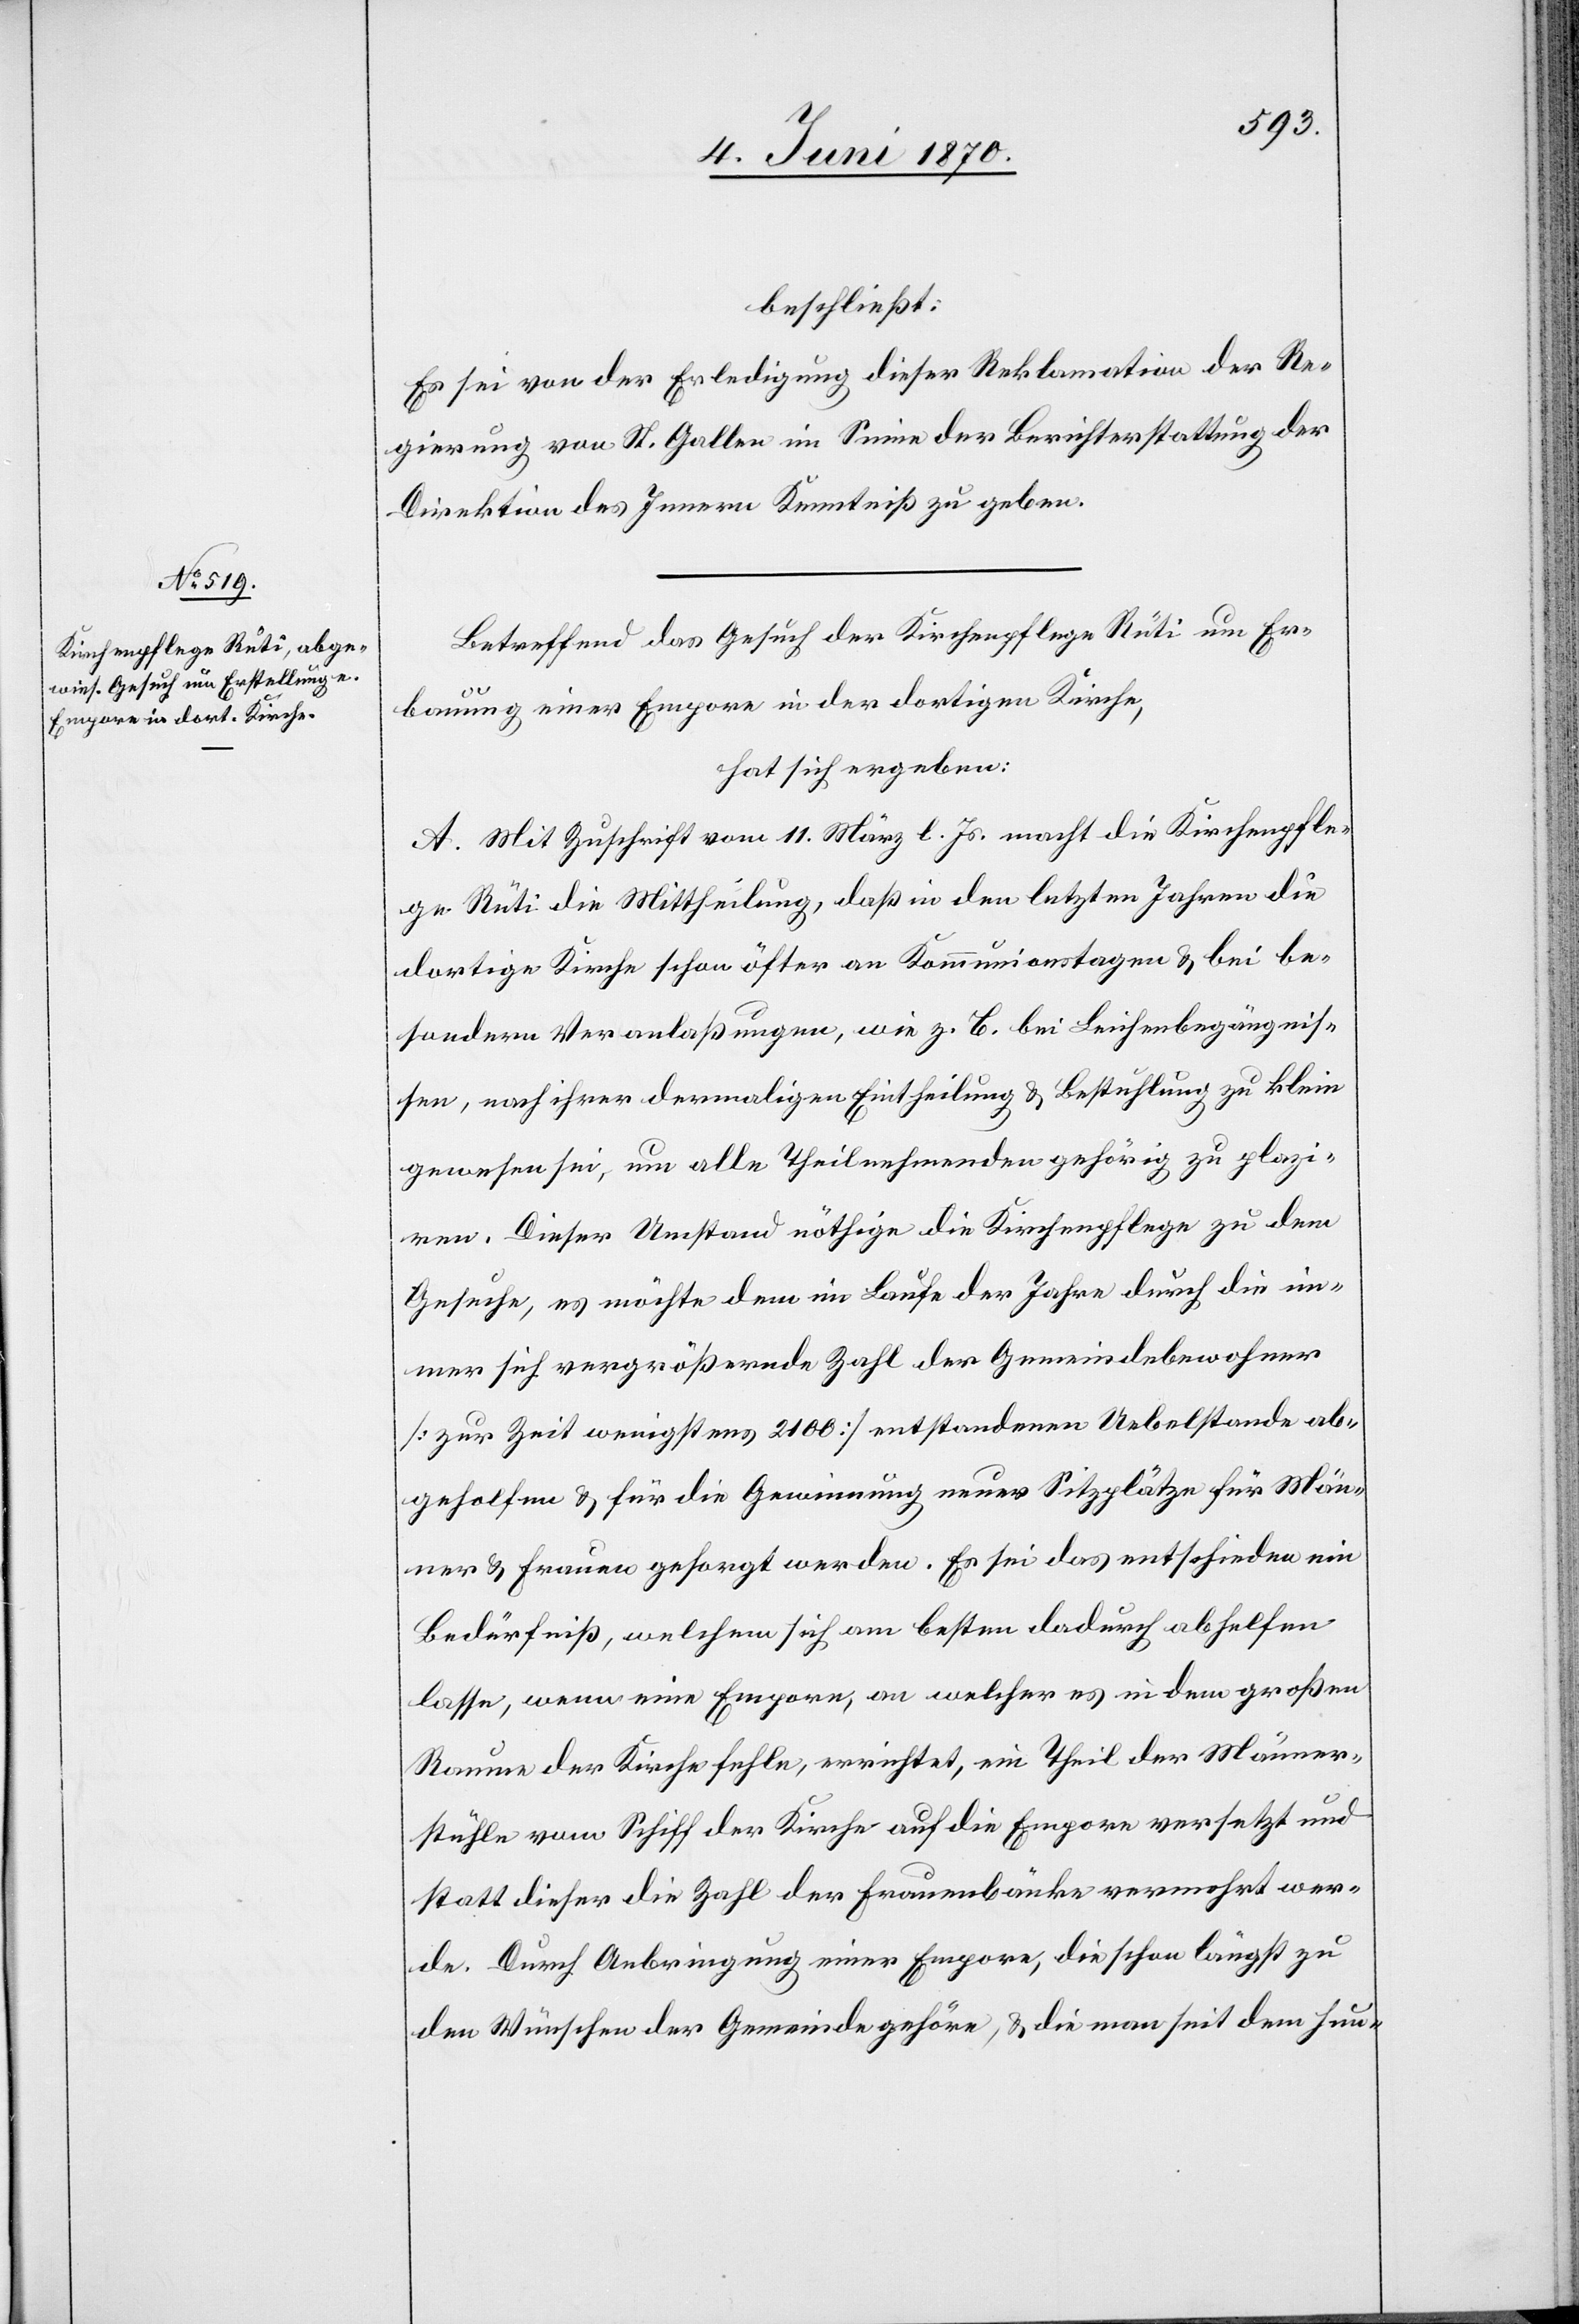
beschließt:
Es sei von der Erledigung dieser Reklamation der Re¬
gierung von St. Gallen im Sinne der Berichterstattung der
Direktion des Innern Kenntniß zu geben.